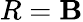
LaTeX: R=\mathbf{B}